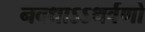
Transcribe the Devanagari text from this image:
नवधाऽऽथर्वणो